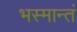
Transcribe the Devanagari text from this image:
भस्मान्तं